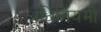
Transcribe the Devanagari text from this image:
अधिनियमी